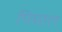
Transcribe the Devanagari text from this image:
पिघाल